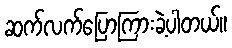
ဆက်လက်ပြောကြားခဲ့ပါတယ်။